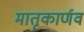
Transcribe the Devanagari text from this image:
मातृकार्णव